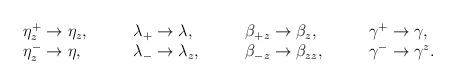
LaTeX: \begin{align*}\begin{array}{llll}\eta_z^+\rightarrow\eta_z,\quad &\quad\lambda_+\rightarrow \lambda,\quad &\quad \beta_{+z}\rightarrow \beta_z,\quad &\quad\gamma^+\rightarrow \gamma,\\\eta^-_{z}\rightarrow\eta,\quad &\quad\lambda_-\rightarrow \lambda_z,\quad &\quad \beta_{-z}\rightarrow \beta_{zz},\quad &\quad\gamma^-\rightarrow \gamma^z.\end{array}\end{align*}